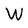
Character: W